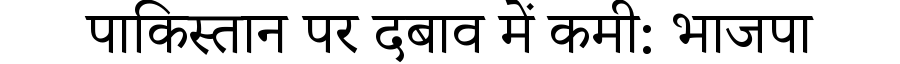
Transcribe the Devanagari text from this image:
पाकिस्तान पर दबाव में कमी: भाजपा